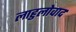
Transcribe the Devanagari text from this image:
लाहुलोवाद